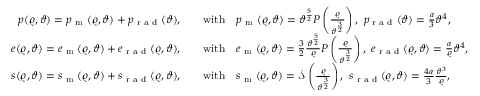
\begin{array} { r l } { p ( \varrho , \vartheta ) = p _ { \textup { m } } ( \varrho , \vartheta ) + p _ { \textup { r a d } } ( \vartheta ) , \quad } & { \mathrm { w i t h } \quad p _ { \textup { m } } ( \varrho , \vartheta ) = \vartheta ^ { \frac { 5 } { 2 } } P \left( \frac { \varrho } { \vartheta ^ { \frac { 3 } { 2 } } } \right) , \ p _ { \textup { r a d } } ( \vartheta ) = \frac { a } { 3 } \vartheta ^ { 4 } , } \\ { e ( \varrho , \vartheta ) = e _ { \textup { m } } ( \varrho , \vartheta ) + e _ { \textup { r a d } } ( \varrho , \vartheta ) , \quad } & { \mathrm { w i t h } \quad e _ { \textup { m } } ( \varrho , \vartheta ) = \frac { 3 } { 2 } \frac { \vartheta ^ { \frac { 5 } { 2 } } } { \varrho } P \left( \frac { \varrho } { \vartheta ^ { \frac { 3 } { 2 } } } \right) , \ e _ { \textup { r a d } } ( \varrho , \vartheta ) = \frac { a } { \varrho } \vartheta ^ { 4 } , } \\ { s ( \varrho , \vartheta ) = s _ { \textup { m } } ( \varrho , \vartheta ) + s _ { \textup { r a d } } ( \varrho , \vartheta ) , \quad } & { \mathrm { w i t h } \quad s _ { \textup { m } } ( \varrho , \vartheta ) = \mathcal { S } \left( \frac { \varrho } { \vartheta ^ { \frac { 3 } { 2 } } } \right) , \ s _ { \textup { r a d } } ( \varrho , \vartheta ) = \frac { 4 a } { 3 } \frac { \vartheta ^ { 3 } } { \varrho } , } \end{array}